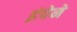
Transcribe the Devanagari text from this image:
इंपेने